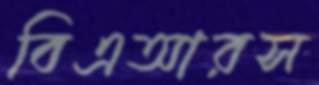
বিএআরস